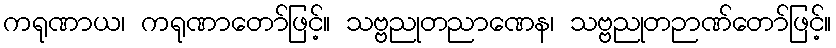
ကရုဏာယ၊ ကရုဏာတော်ဖြင့်။ သဗ္ဗညုတညာဏေန၊ သဗ္ဗညုတဉာဏ်တော်ဖြင့်။